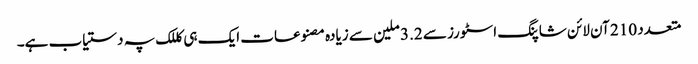
متعدد 210 آن لائن شاپنگ اسٹورز سے 3.2 ملین سے زیادہ مصنوعات ایک ہی کللک پہ دستیاب ہے۔